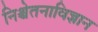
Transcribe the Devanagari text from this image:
निश्चेतनाविज्ञान